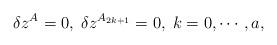
LaTeX: \begin{align*}\delta z^{A}=0,\;\delta z^{A_{2k+1}}=0,\;k=0,\cdots ,a, \end{align*}